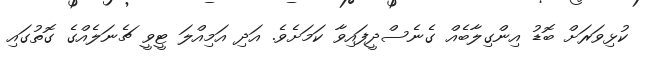
ކުޅިވަރަށް ބޮޑު އިންގިލާބެއް ގެނެސްދީފައިވާ ކަމަށެވެ. އަދި އަމިއްލަ ޓީވީ ޗެނަލެއްގެ ގޮތުގައި